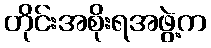
တိုင်းအစိုးရအဖွဲ့က